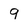
Character: 9